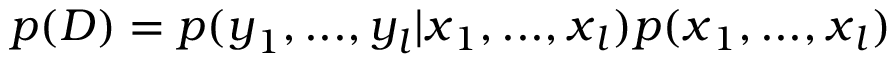
p ( D ) = p ( \boldsymbol { y } _ { 1 } , . . . , \boldsymbol { y } _ { l } | \boldsymbol { x } _ { 1 } , . . . , \boldsymbol { x } _ { l } ) p ( \boldsymbol { x } _ { 1 } , . . . , \boldsymbol { x } _ { l } )